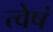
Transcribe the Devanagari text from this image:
त्वेषं